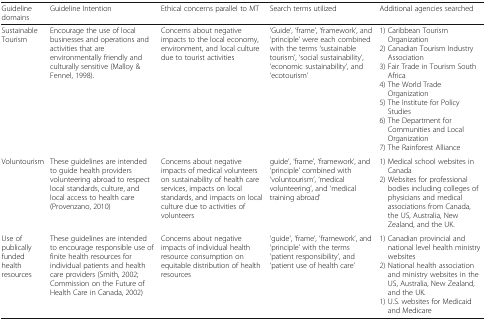
<table><thead><tr><td><b>Guideline domains</b></td><td><b>Guideline Intention</b></td><td><b>Ethical concerns parallel to MT</b></td><td><b>Search terms utilized</b></td><td><b>Additional agencies searched</b></td></tr></thead><tbody><tr><td>Sustainable Tourism</td><td>Encourage the use of local businesses and operations and activities that are environmentally friendly and culturally sensitive (Malloy &amp; Fennel, 1998).</td><td>Concerns about negative impacts to the local economy, environment, and local culture due to tourist activities</td><td>‘Guide’, ‘frame’, ‘framework’, and ‘principle’ were each combined with the terms ‘sustainable tourism’, ‘social sustainability’, ‘economic sustainability’, and ‘ecotourism’</td><td>1) Caribbean Tourism Organization2) Canadian Tourism Industry Association3) Fair Trade in Tourism South Africa4) The World Trade Organization5) The Institute for Policy Studies6) The Department for Communities and Local Organization7) The Rainforest Alliance</td></tr><tr><td>Voluntourism</td><td>These guidelines are intended to guide health providers volunteering abroad to respect local standards, culture, and local access to health care (Provenzano, 2010)</td><td>Concerns about negative impacts of medical volunteers on sustainability of health care services, impacts on local standards, and impacts on local culture due to activities of volunteers</td><td>guide’, ‘frame’, ‘framework’, and ‘principle’ combined with ‘voluntourism’, ‘medical volunteering’, and ‘medical training abroad’</td><td>1) Medical school websites in Canada2) Websites for professional bodies including colleges of physicians and medical associations from Canada, the US, Australia, New Zealand, and the UK.</td></tr><tr><td>Use of publically funded health resources</td><td>These guidelines are intended to encourage responsible use of finite health resources for individual patients and health care providers (Smith, 2002; Commission on the Future of Health Care in Canada, 2002)</td><td>Concerns about negative impacts of individual health resource consumption on equitable distribution of health resources</td><td>‘guide’, ‘frame’, ‘framework’, and ‘principle’ with the terms ‘patient responsibility’, and ‘patient use of health care’</td><td>1) Canadian provincial and national level health ministry websites2) National health association and ministry websites in the US, Australia, New Zealand, and the UK.1) U.S. websites for Medicaid and Medicare</td></tr></tbody></table>